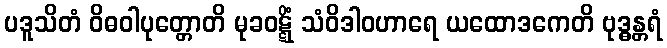
ပဒူသိတံ ဝိဓဝါပုတ္တောတိ မုခဝဋ္ဋိံ သံဝိဒါဝဟာရေ ယထောဒကေတိ ဗုဒ္ဓန္တရံ